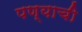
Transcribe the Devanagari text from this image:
पण्याची